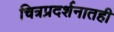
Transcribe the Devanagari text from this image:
चित्रप्रदर्शनातही